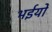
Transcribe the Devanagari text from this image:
भईयों